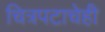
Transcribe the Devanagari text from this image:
चित्रपटाचेही